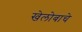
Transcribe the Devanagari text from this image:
खेलोबाचे